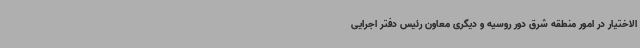
الاختیار در امور منطقه شرق دور روسیه و دیگری معاون رئیس دفتر اجرایی